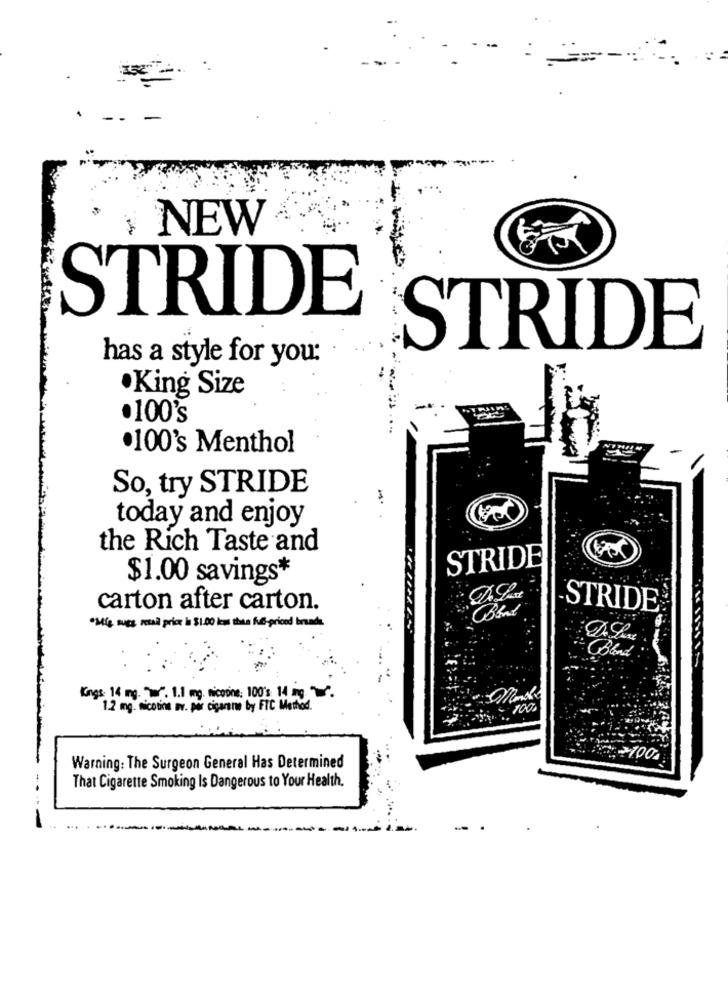
NEW
STRIDE
STRIDE
has a style for you:
King Size
.100's
.100's Menthol
So, try STRIDE
today and enjoy
the Rich Taste and
STRIDE
$1.00 savings*
carton after carton.
STRIDE
·26 wet retail price is $1.00 km than hifi-priced brands
Kings: 14 mg. w. 1.1 mg. niceone: 100's 14 mg .
1.2 mg. nicotine av. por cigarne by FTC Method.
100.
Warning: The Surgeon General Has Determined
That Cigarette Smoking Is Dangerous to Your Health.